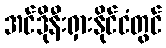
အင်ဒိုနီးရှားနိုင်ငံတွင်